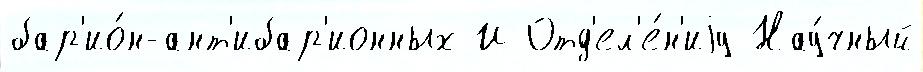
бар'ио́н-ант'ибар'ионных И Отд'ел'е́н'иjу Нау́чный